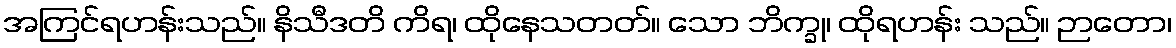
အကြင်ရဟန်းသည်။ နိသီဒတိ ကိရ၊ ထိုနေသတတ်။ သော ဘိက္ခု၊ ထိုရဟန်း သည်။ ဉာတော၊